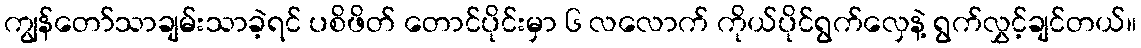
ကျွန်တော်သာချမ်းသာခဲ့ရင် ပစိဖိတ် တောင်ပိုင်းမှာ ၆ လလောက် ကိုယ်ပိုင်ရွက်လှေနဲ့ ရွက်လွှင့်ချင်တယ်။